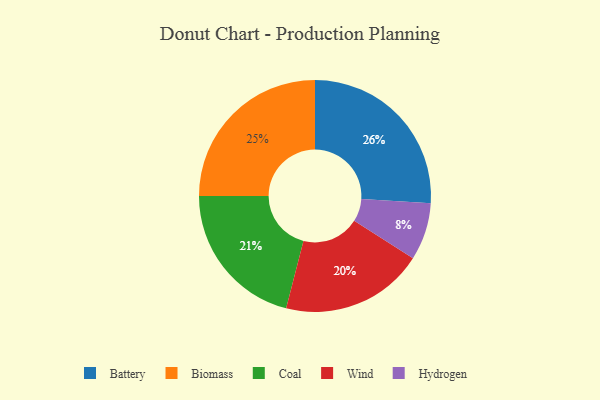
{"axis": {"x": "Category", "y": "Percentage"}, "legend": ["Battery", "Biomass", "Coal", "Hydrogen", "Wind"], "data": [{"x": "Biomass", "y": 25, "type": "Biomass"}, {"x": "Coal", "y": 21, "type": "Coal"}, {"x": "Wind", "y": 20, "type": "Wind"}, {"x": "Battery", "y": 26, "type": "Battery"}, {"x": "Hydrogen", "y": 8, "type": "Hydrogen"}]}